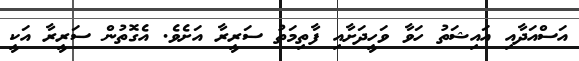
އަސްއަދާއި އައިޝަތު ހަވާ ވަހީދަށާއި ފާތިމަތު ސަރީރާ އަށެވެ. އެގޮތުން ސަރީރާ އަކީ